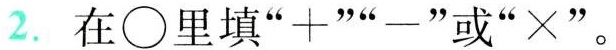
2.在 \circ 里填”+ ””-”或” \times "。